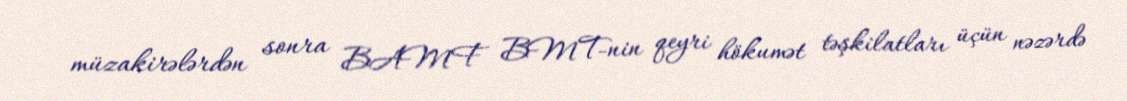
müzakirələrdən sonra BAMF BMT-nin qeyri hökumət təşkilatları üçün nəzərdə